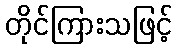
တိုင်ကြားသဖြင့်